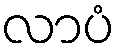
လာပံ